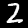
Label: 2